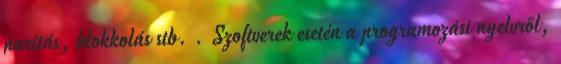
paritás, blokkolás stb. . Szoftverek esetén a programozási nyelvről,